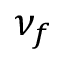
\nu _ { f }